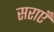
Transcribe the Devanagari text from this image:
सराएँ